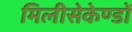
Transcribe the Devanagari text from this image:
मिलीसेकेण्डों